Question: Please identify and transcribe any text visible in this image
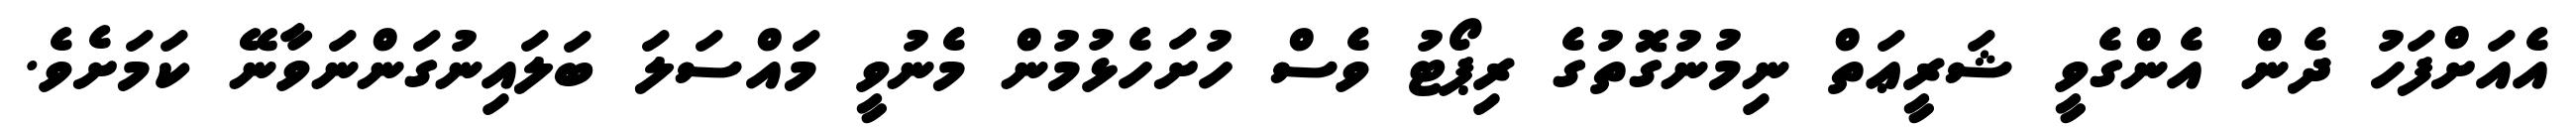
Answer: އެއަށްފަހު ދެން އެންގެވީ ޝަރީޢަތް ނިމުނުގޮތުގެ ރިޕޯޓު ވެސް ހުށަހެޅުމުން މެނުވީ މައްސަލަ ބަލައިނުގަންނަވާނޭ ކަމަށެވެ.